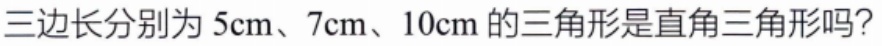
三边长分别为 \(5\text{cm}、7\text{cm}、10\text{cm}\) 的三角形是直角三角形吗？